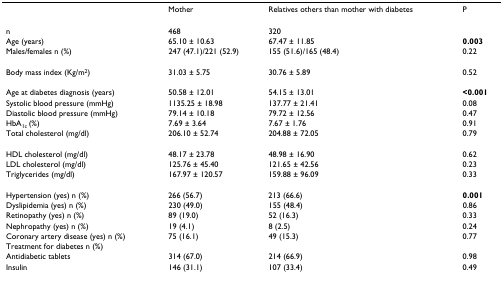
|  | Mother | Relatives others than mother with diabetes | P |
 | --- | --- | --- | --- |
 | n | 468 | 320 |  |
 | Age (years) | 65.10 ± 10.63 | 67.47 ± 11.85 | 0.003 |
 | Males/females n (%) | 247 (47.1)/221 (52.9) | 155 (51.6)/165 (48.4) | 0.22 |
 | Body mass index (Kg/m2) | 31.03 ± 5.75 | 30.76 ± 5.89 | 0.52 |
 | Age at diabetes diagnosis (years) | 50.58 ± 12.01 | 54.15 ± 13.01 | <0.001 |
 | Systolic blood pressure (mmHg) | 1135.25 ± 18.98 | 137.77 ± 21.41 | 0.08 |
 | Diastolic blood pressure (mmHg) | 79.14 ± 10.18 | 79.72 ± 12.56 | 0.47 |
 | HbA1c (%) | 7.69 ± 3.64 | 7.67 ± 1.76 | 0.91 |
 | Total cholesterol (mg/dl) | 206.10 ± 52.74 | 204.88 ± 72.05 | 0.79 |
 | HDL cholesterol (mg/dl) | 48.17 ± 23.78 | 48.98 ± 16.90 | 0.62 |
 | LDL cholesterol (mg/dl) | 125.76 ± 45.40 | 121.65 ± 42.56 | 0.23 |
 | Triglycerides (mg/dl) | 167.97 ± 120.57 | 159.88 ± 96.09 | 0.33 |
 | Hypertension (yes) n (%) | 266 (56.7) | 213 (66.6) | 0.001 |
 | Dyslipidemia (yes) n (%) | 230 (49.0) | 155 (48.4) | 0.86 |
 | Retinopathy (yes) n (%) | 89 (19.0) | 52 (16.3) | 0.33 |
 | Nephropathy (yes) n (%) | 19 (4.1) | 8 (2.5) | 0.24 |
 | Coronary artery disease (yes) n (%) | 75 (16.1) | 49 (15.3) | 0.77 |
 | Treatment for diabetes n (%) |  |  |  |
 | Antidiabetic tablets | 314 (67.0) | 214 (66.9) | 0.98 |
 | Insulin | 146 (31.1) | 107 (33.4) | 0.49 |